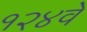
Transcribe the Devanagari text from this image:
१२४वे